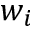
w _ { i }